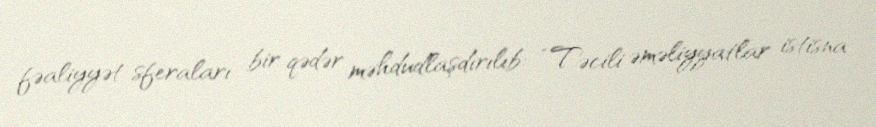
fəaliyyət sferaları bir qədər məhdudlaşdırılıb: “Təcili əməliyyatlar istisna